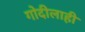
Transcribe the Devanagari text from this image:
गोदीलाही